Leprosy in India: report of the Leprosy Commission in India, 1890-91
Year: 1890
Disease focus: Leprosy
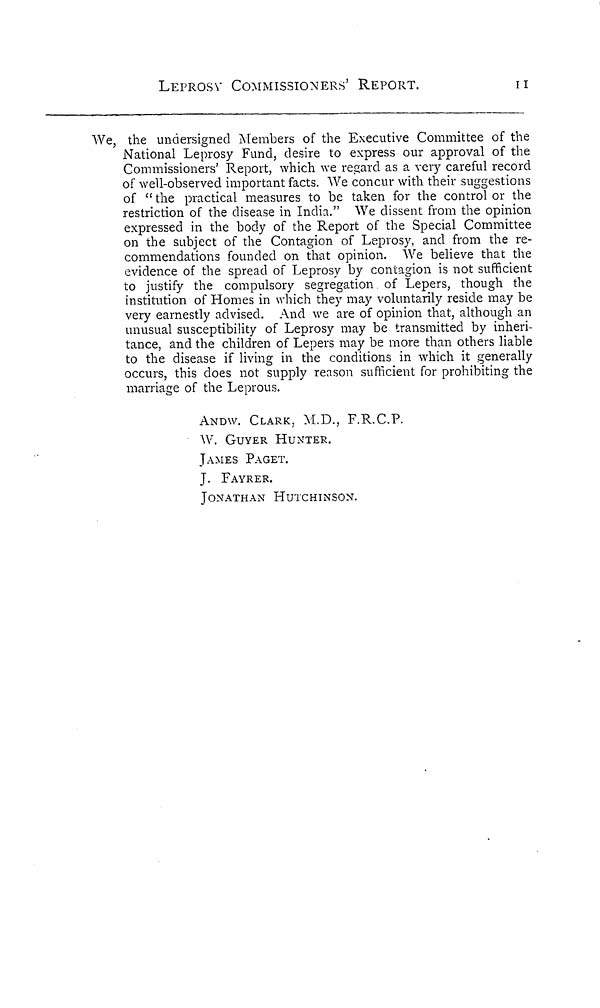
LEPROSY COMMISSIONERS' REPORT.
11I
We, the undersigned Members of the Executive Committee of the
National Leprosy Fund, desire to express our approval of the
Commissioners' Report, which we regard as a very careful record
of well-observed important facts. We concur with their suggestions
of "the practical measures to be taken for the control or the
restriction of the disease in India." We dissent from the opinion
expressed in the body of the Report of the Special Committee
on the subject of the Contagion of Leprosy, and from the re-
commendations founded on that opinion. We believe that the
evidence of the spread of Leprosy by contagion is not sufficient
to justify the compulsory segregation of Lepers, though the
institution of Homes in which they may voluntarily reside may be
very earnestly advised. And we are of opinion that, although an
unusual susceptibility of Leprosy may be transmitted by inheri-
tance, and the children of Lepers may be more than others liable
to the disease if living in the conditions in which it generally
occurs, this does not supply reason sufficient for prohibiting the
marriage of the Leprous.
ANDW. CLARK, M.D., F.R.C.P.
W. GUYER HUNTER.
JAMES PAGET.
J. FAYRER.
JONATHAN HUTCHINSON.